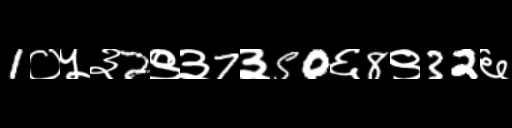
Text: 1०५३2९३7३50६8९32६